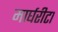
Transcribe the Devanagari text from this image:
मार्घरीटा